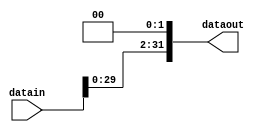

module SL2(
 input [31:0]datain,
 output reg [31:0]dataout
);
//reg y wire

always @*
begin
 dataout=datain<<2;
end

endmodule